Scientific memoirs by medical officers of the Army of India - Part X,
Year: 1897
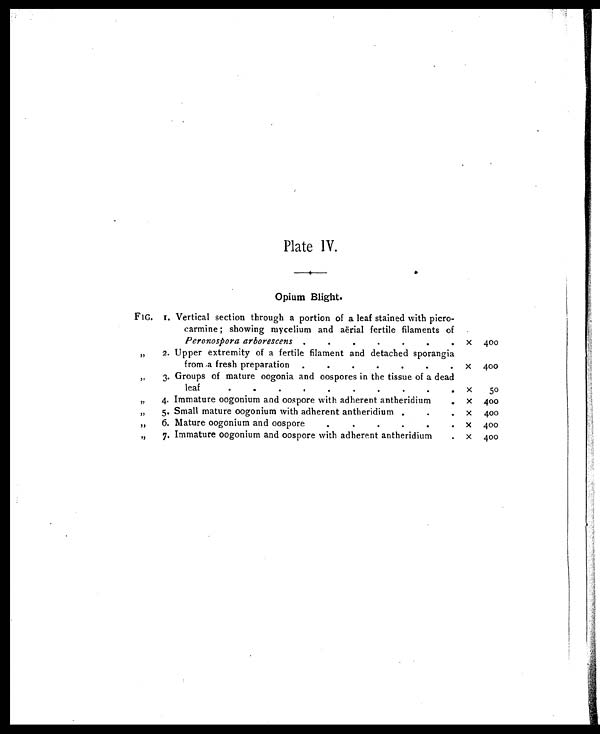
Plate IV.
Opium Blight.
FIG. 1. Vertical section through a portion of a leaf stained with picro-
carmine ; showing mycelium and aërial fertile filaments of
Peronospora arborescens .
.
.
.
.
.
.
X 400
„
2. Upper extremity of a fertile filament and detached sporangia
from a fresh preparation
.
.
.
.
.
.
.
x 400
,,
3. Groups of mature oogonia and oospores in the tissue of a dead
leaf
. . . . . . . . . .
x
50
„
4. Immature oogonium and oospore with adherent antheridium
.
x 400
„
5. Small mature oogonium with adherent antheridium .
.
.
x 400
„
6. Mature oogonium and oospore
.
. . . . .
x 400
,,
7. Immature oogonium and oospore with adherent antheridium
. x
400